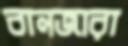
বানজারা